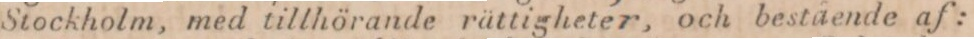
Stockholm, med tillhörande rättigheter, och bestående af: